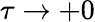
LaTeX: \tau\to+0